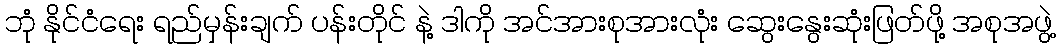
ဘုံ နိုင်ငံရေး ရည်မှန်းချက် ပန်းတိုင် နဲ့ ဒါကို အင်အားစုအားလုံး ဆွေးနွေးဆုံးဖြတ်ဖို့ အစုအဖွဲ့